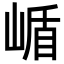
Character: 𭖹